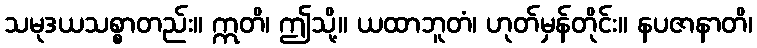
သမုဒယသစ္စာတည်း။ ဣတိ၊ ဤသို့။ ယထာဘူတံ၊ ဟုတ်မှန်တိုင်း။ နပဇာနာတိ၊